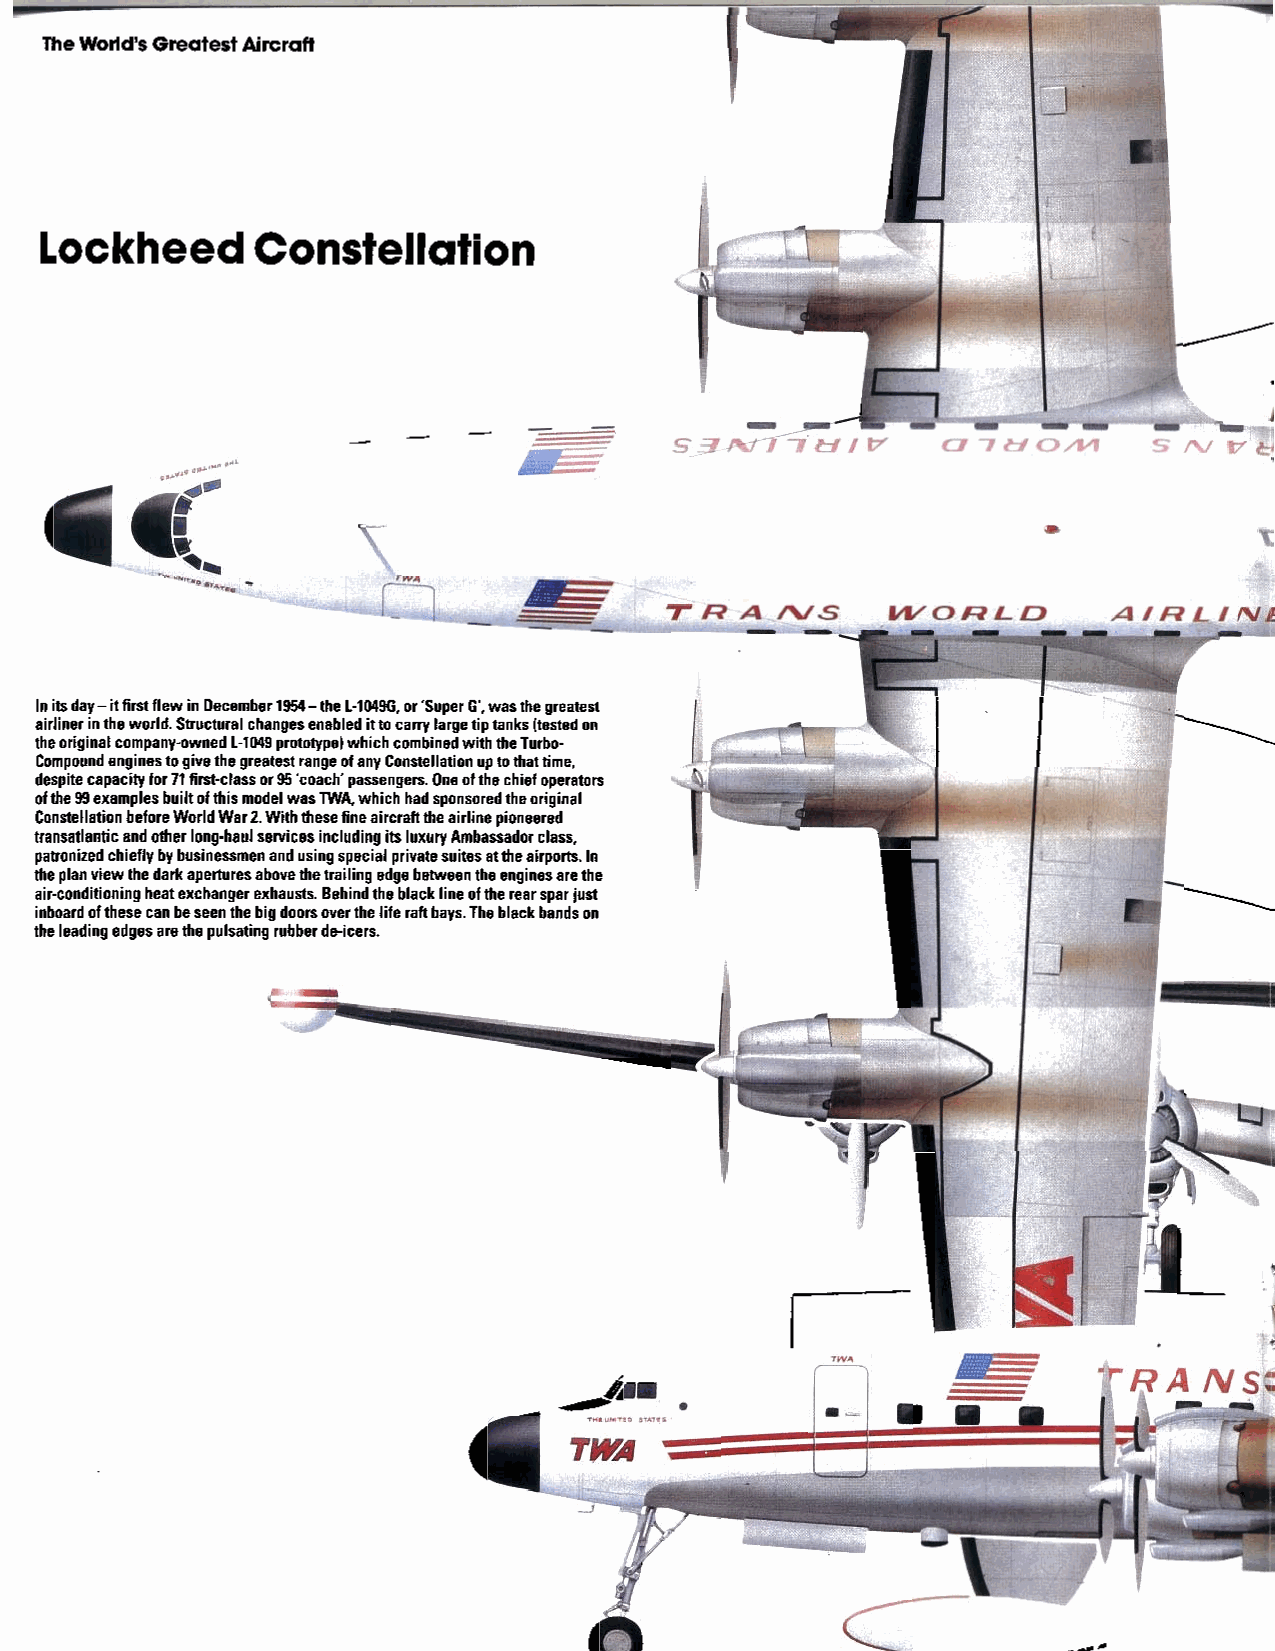
TheWorld’s Greatest Aircraft
 Lockheed       Constellation
 P
 Initsday-itfirstflewinDecember1954-theL-lMSG,or‘Super G’, wasthegreatest
 airlinerintheworld.Structuralchangesenabledittocarrylargetiptanks(testedon
 theoriginalcompany-owned1-1049prototype)whichcombinedwiththeTurbo-
 CompoundenginestogivethegreatestrangeofanyConstellation uptothattime,
 despitecapacity for71first-class or95‘coach passengers.Oneofthechief operators
 ofthe99examplesbuiltofthismodelwasMTA,whichhadsponsoredtheoriginal
 ConstellationbeforeWorldWar2.Withthesefineaircrafttheairlinepioneered
 transatlantic andotherlong-haulservicesincludingitsluxuryAmbassador class,
 patronizedchieflybybusinessmenandusingspecialprivatesuitesattheairports.In
 theplanviewthedarkaperturesabovethetrailingedgebetweentheenginesarethe
 air-conditioningheatexchangerexhausts.Behindtheblacklineoftherearsparjust
 inboard ofthesecanbeseenthebigdoorsovertheliferaftbays.Theblackbandson
 theleading edgesarethepulsatingrubberde-icers.